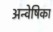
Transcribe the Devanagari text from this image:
अन्वेषिका